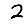
Digit: 2